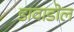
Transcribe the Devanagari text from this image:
डावाडोल